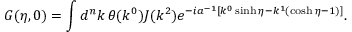
G ( \eta , 0 ) = \int d ^ { n } k \, \theta ( k ^ { 0 } ) J ( k ^ { 2 } ) e ^ { - i a ^ { - 1 } [ k ^ { 0 } \sinh \eta - k ^ { 1 } ( \cosh \eta - 1 ) ] } .